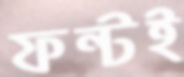
ফন্টই